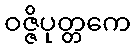
ဝဇ္ဇိပုတ္တကေ